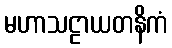
မဟာသဠာယတနိကံ